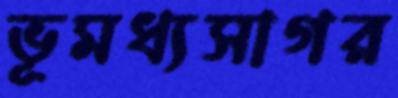
ভূমধ্যসাগর